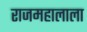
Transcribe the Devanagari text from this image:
राजमहालाला